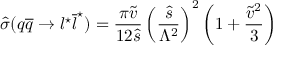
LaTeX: \widehat { \sigma } ( q \overline { { { q } } } \rightarrow l ^ { \star } \overline { { { l } } } ^ { \star } ) = \frac { \pi \widetilde { v } } { 1 2 \widehat { s } } \left( \frac { \widehat { s } } { \Lambda ^ { 2 } } \right) ^ { 2 } \left( 1 + \frac { \widetilde { v } ^ { 2 } } { 3 } \right)